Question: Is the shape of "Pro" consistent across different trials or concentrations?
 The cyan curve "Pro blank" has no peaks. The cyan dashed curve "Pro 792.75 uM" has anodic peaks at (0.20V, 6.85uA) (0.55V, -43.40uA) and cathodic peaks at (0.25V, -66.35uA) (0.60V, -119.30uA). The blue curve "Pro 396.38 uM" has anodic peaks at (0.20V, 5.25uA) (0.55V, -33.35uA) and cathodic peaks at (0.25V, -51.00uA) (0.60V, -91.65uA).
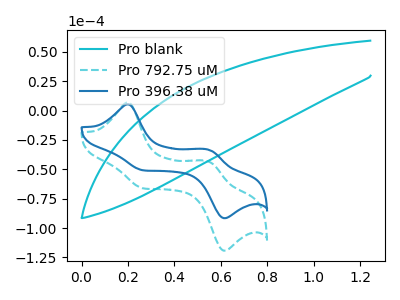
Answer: <think>"Pro blank" and "Pro 792.75 uM" have a different number of peaks. "Pro blank" and "Pro 396.38 uM" have a different number of peaks. All the peaks in "Pro 792.75 uM" have a peak in "Pro 396.38 uM" at the same potential.
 </think>
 <answer>All the CV's of "Pro" have similar shape.</answer>
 <eval>follow_rule</eval>